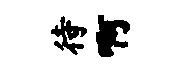
待啊